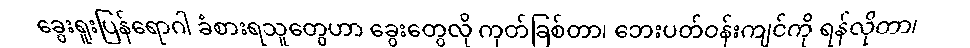
ခွေးရူးပြန်ရောဂါ ခံစားရသူတွေဟာ ခွေးတွေလို ကုတ်ခြစ်တာ၊ ဘေးပတ်ဝန်းကျင်ကို ရန်လိုတာ၊